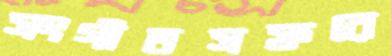
সংগীতসফরে